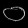
Digit: ၀